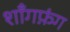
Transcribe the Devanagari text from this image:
शाँगफ़ंग